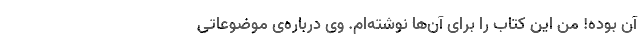
آن بود‌ه! من این کتاب را برای آن‌ها نوشته‌ام. وی درباره‌ی موضوعاتی